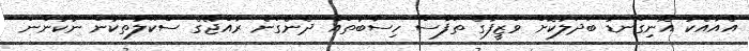
އެއާއެކު އޮނިގަނޑު ބަދަލުކޮށް ވަޒީފާގެ ތަފާސް ހިސާބުތައް ދެނެގަނެ ރާއްޖޭގެ ސްކޫލުތަކުން ނުކުންނަ